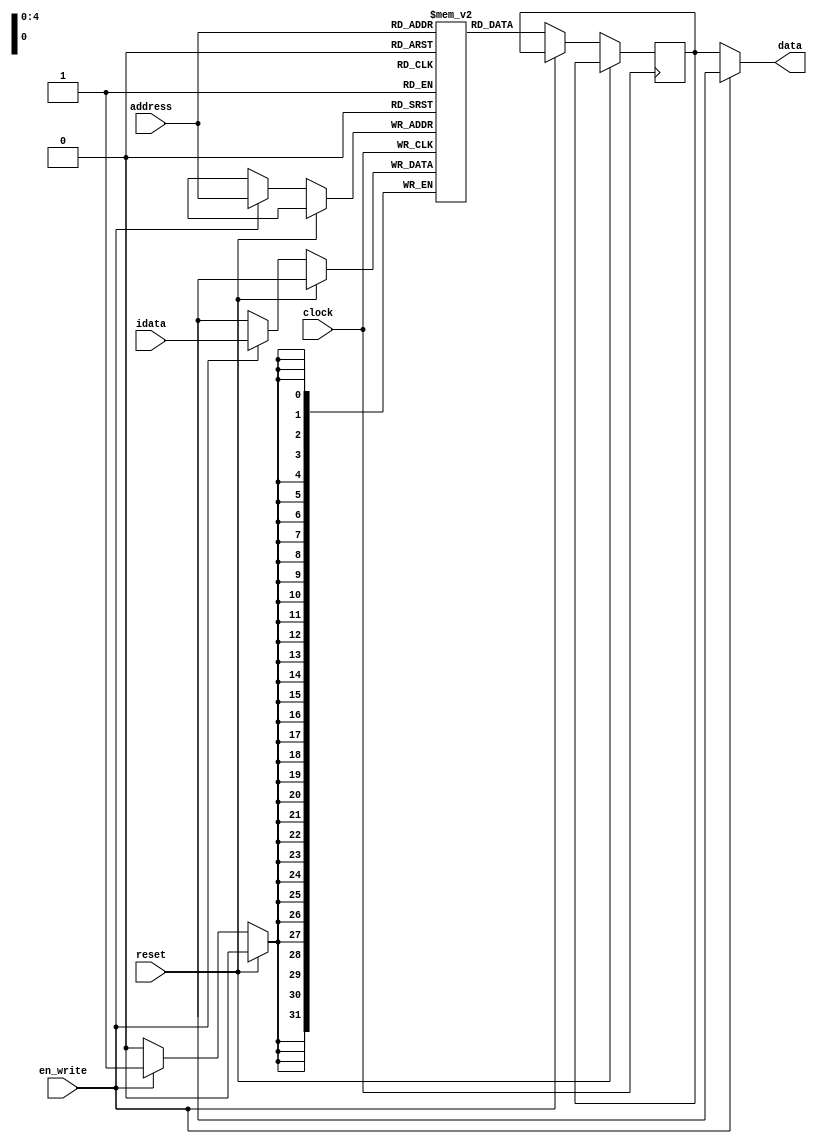

module regfile(input clock,input reset, input [4:0] address,
               input en_write, input [31:0] idata,output [31:0] data);

// Register file storage
reg [31:0] registers[31:0];
reg [31:0] out_val;

// Read and write from register file
always @(posedge clock)
    if(!reset) begin
        if (en_write)
                registers[address] <= idata;
        else
                out_val <= registers[address];
    end

assign data = en_write ? 32'bx : out_val;

endmodule

`timescale 1ns / 1ps
module stimulus;
    reg clock;
    reg reset;
    reg [4:0] address;
    reg en_write;
    reg [31:0] idata;
    wire [31:0] data;

    regfile r1(
        .clock(clock),
        .reset(reset),
        .address(address),
        .en_write(en_write),
        .idata(idata),
        .data(data)
    );

    integer i;
 
	initial begin
	$dumpfile("regfile.vcd");
    $dumpvars(0,stimulus);
    reset = 0;
	#5 en_write=1; address=1; idata= 13456789;
	#5 en_write=0; address=1; 
    #10
	#5 en_write=1; address=8; idata= 45678;	
	#5 en_write=0; address=8; 
    #10	
    #5 en_write=1; address=1; idata=23456787;
	#5 en_write=0; address=1; 
    #10
    #5 en_write=1; address=15; idata= 876545122;
	#5 en_write=0; address=15; 
    #10
	#5 en_write=1; address=22; idata= 76543235678;	
	#5 en_write=0; address=22; 	
    #10
    #5 en_write=1; address=31; idata =134567;
	#5 en_write=0; address=31; 
    #10
    #5 en_write=1; address=22; idata= 1102983746;
	#5 en_write=0; address=22; 
    #10
	#5 en_write=1; address=18; idata= 45678;	
	#5 en_write=0; address=18; 	
    #5 en_write=1; address=13; idata =23456787;
	#5 en_write=0; address=13; 	
    #10;
    end  
 
	initial begin
	clock = 0;
	for ( i =0; i <=10; i= i+1)
	#5 clock = ~clock;
    end  
 
 
	initial begin
		$monitor("clock=%d,reset=%d,address=%d,en_write=%d,idata=%d,data=%d \n",clock,reset,address,en_write,idata,data);
	end

endmodule